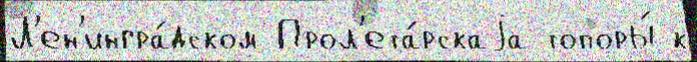
Л'ен'ингра́дском Прол'ета́рскаjа топоры́ к